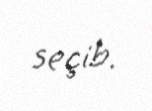
seçib.